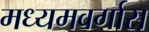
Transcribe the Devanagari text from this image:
मध्यमवर्गास